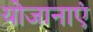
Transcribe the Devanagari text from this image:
योजानाएं